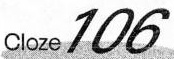
Cloze 106